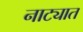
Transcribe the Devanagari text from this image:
नाट्यात